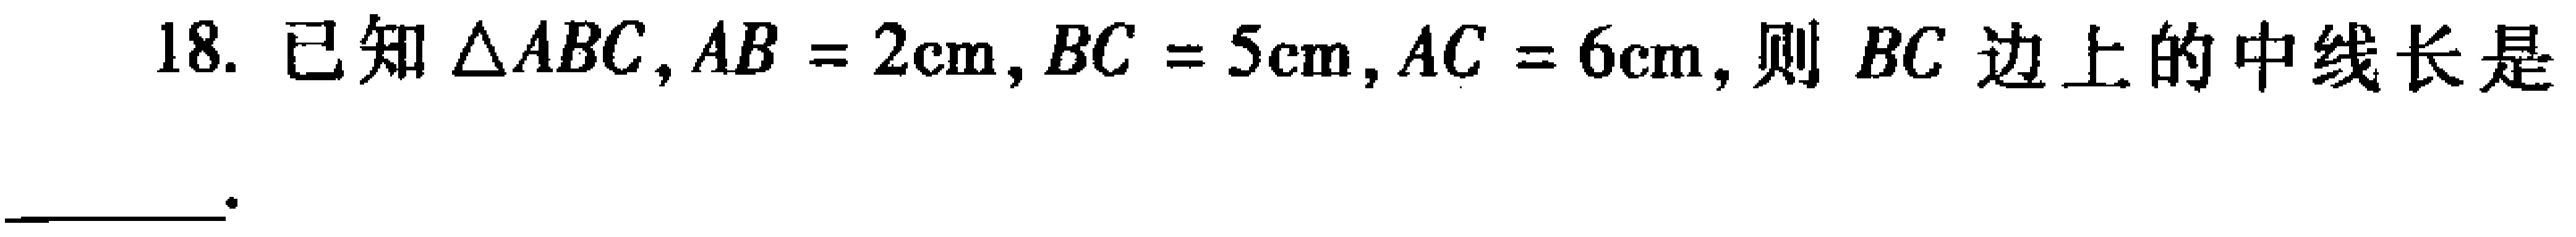
18. 已知$\triangle ABC,AB = 2\text{cm},BC = 5\text{cm},AC = 6\text{cm}$, 则$BC$边上的中线长是___.